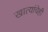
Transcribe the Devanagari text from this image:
खात्यांचेही